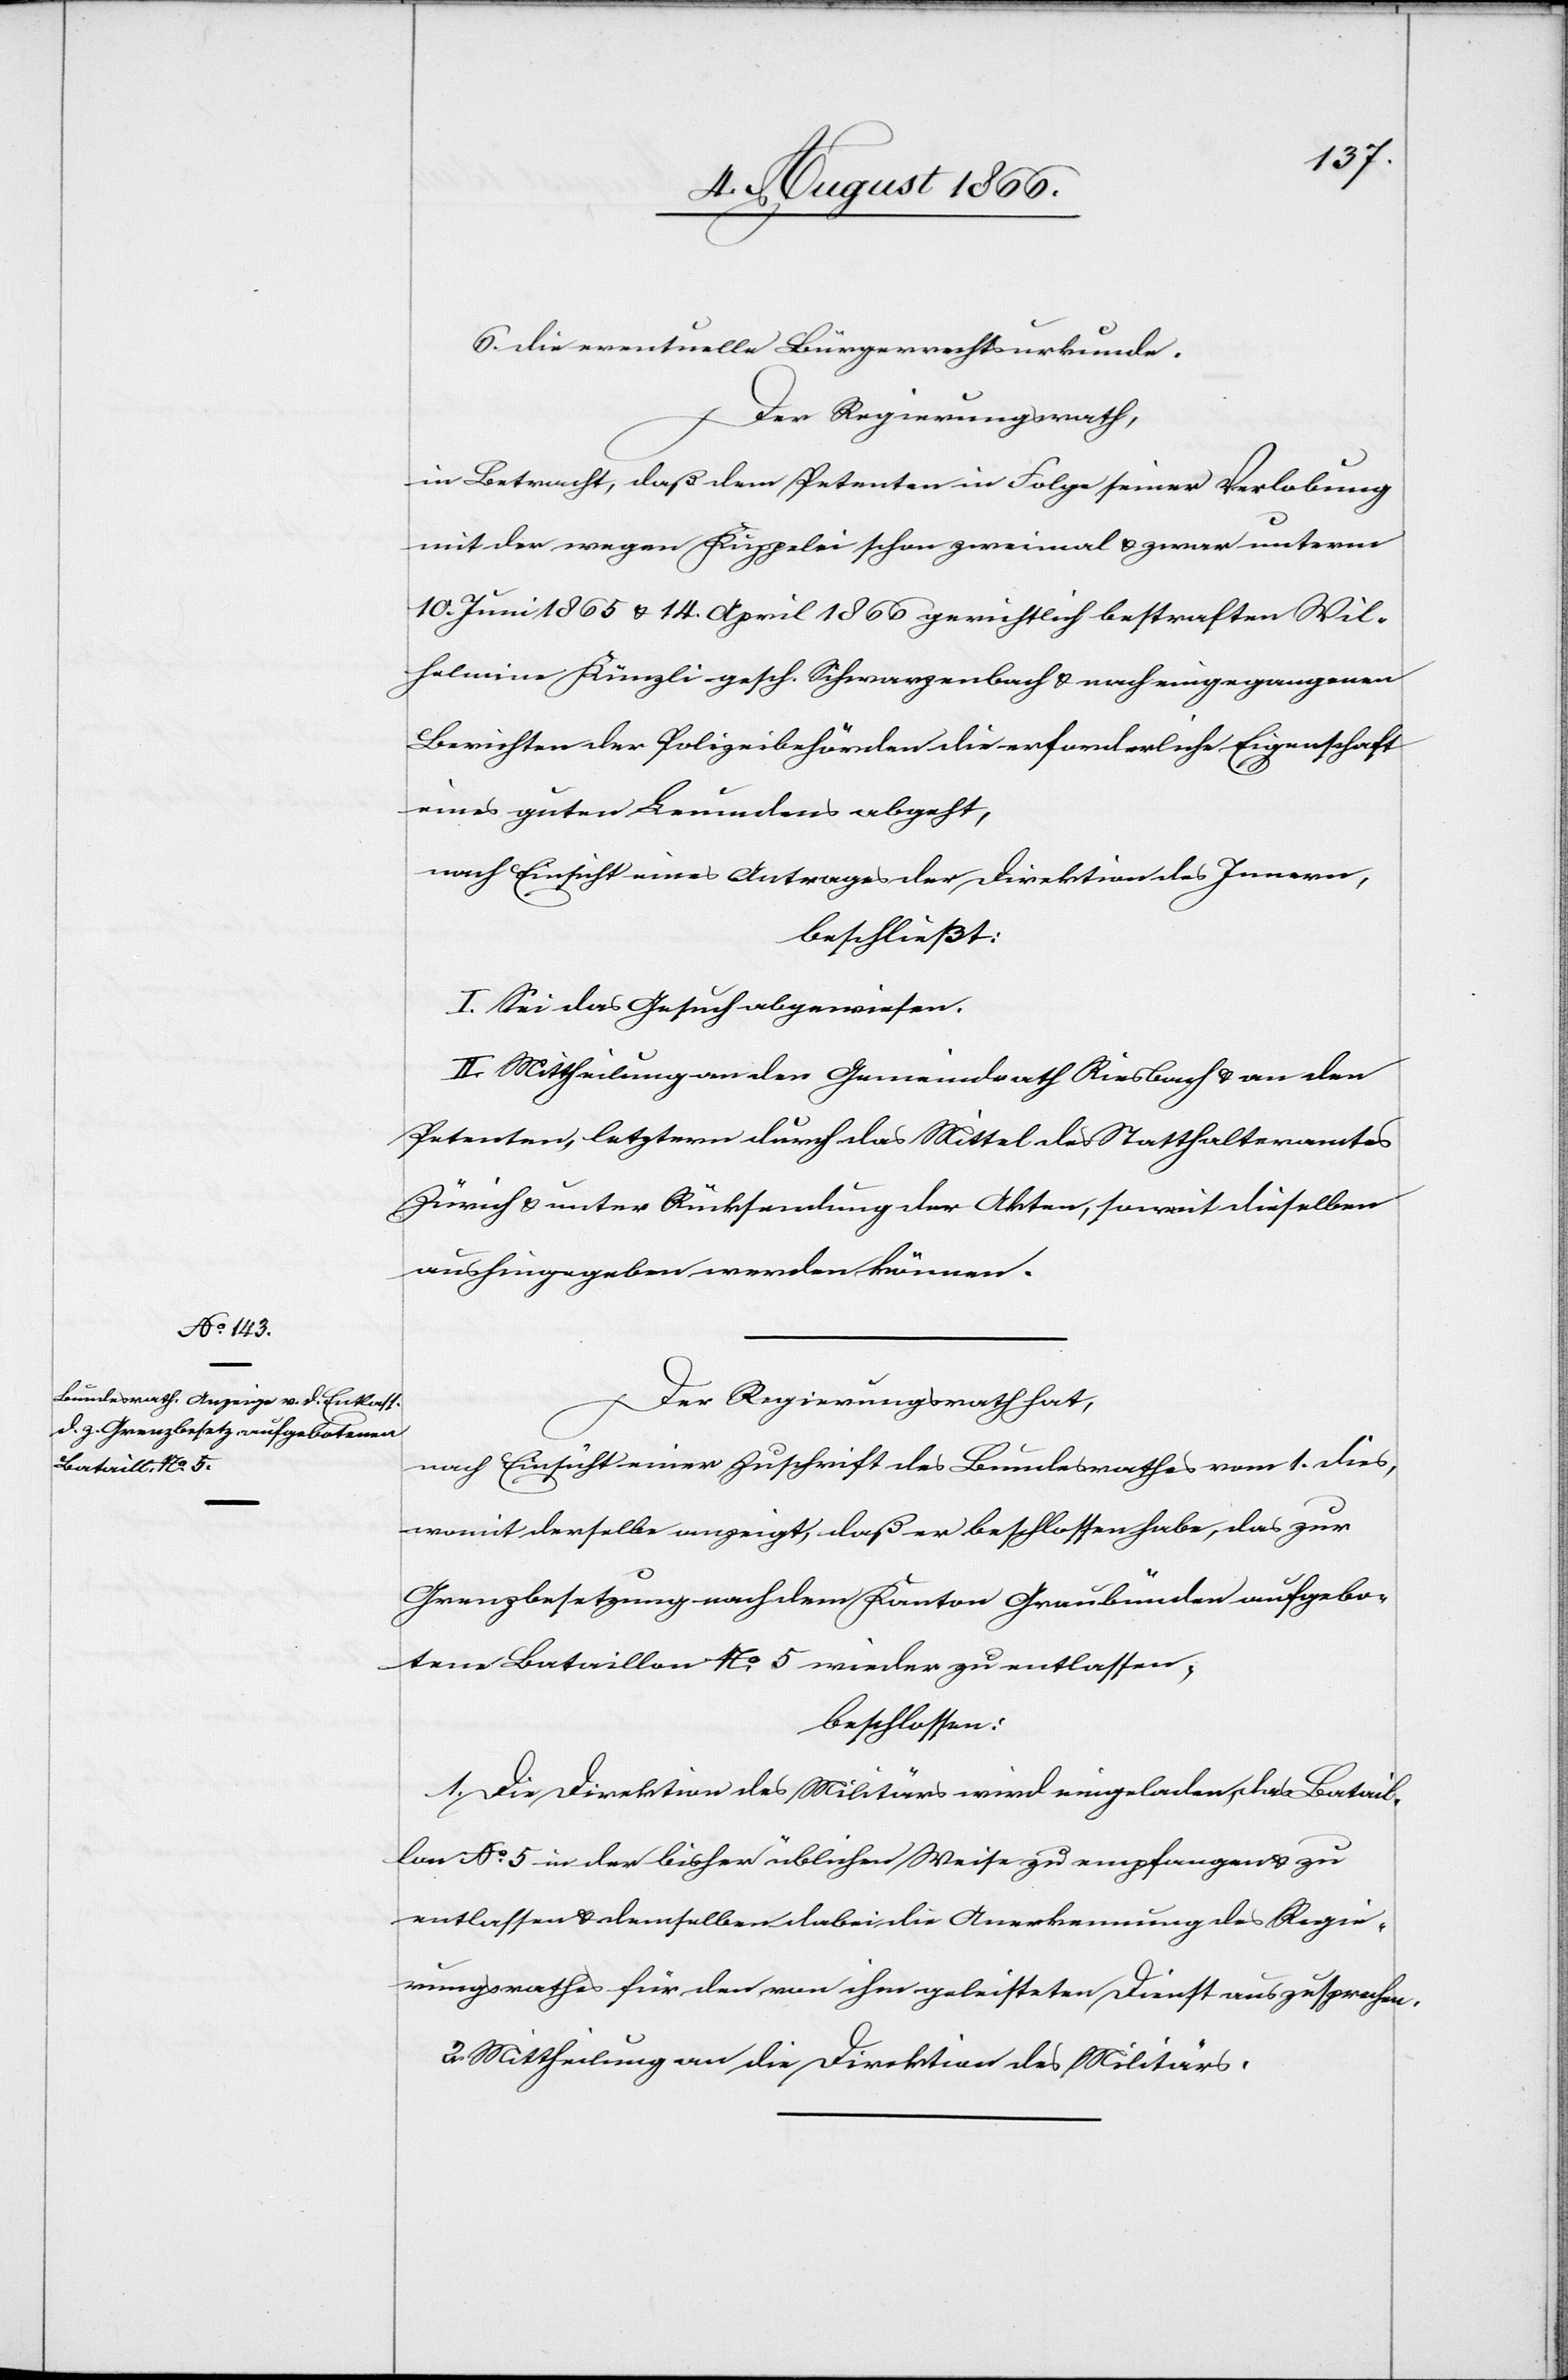
6. die eventuelle Bürgerrechtsurkunde.
Der Regierungsrath,
in Betracht, daß dem Petenten in Folge seiner Verlobung
mit der wegen Kuppelei schon zweimal u. zwar unterm
10. Juni 1865 u. 14. April 1866 gerichtlich bestraften Wil¬
helmina Künzli gesch. Schwarzenbach u. nach eingegangenen
Berichten der Polizeibehörden die erforderliche Eigenschaft
eines guten Leumundes abgeht,
nach Einsicht eines Antrages der Direktion des Innern,
beschließt:
I. Sei das Gesuch abgewiesen.
II. Mittheilung an den Gemeindrath Riesbach u. an den
Petenten, letztern durch das Mittel des Statthalteramtes
Zürich u. unter Rücksendung der Akten, soweit dieselben
aushingegeben werden können.
Der Regierungsrath hat,
nach Einsicht einer Zuschrift des Bundesrathes vom 1. dies,
womit derselbe anzeigt, daß er beschlossen habe, das zur
Grenzbesetzung nach dem Kanton Graubünden aufgebo¬
tene Bataillon No. 5 wieder zu entlassen,
beschlossen:
1. Die Direktion des Militärs wird eingeladen, das Batail¬
lon No. 5 in der bisher üblichen Weise zu empfangen u. zu
entlassen u. demselben dabei die Anerkennung des Regie¬
rungsrathes für den von ihm geleisteten Dienst auszusprechen.
2. Mittheilung an die Direktion des Militärs.